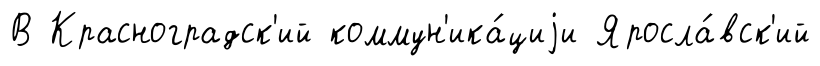
В Красноградск'ий коммун'ика́циjи Яросла́вск'ий